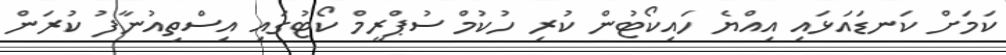
ކަމަށް ކަނޑައަޅައި އިއްޔެ ހައިކޯޓުން ކުރި ހުކުމް ސުޕްރީމް ކޯޓުގައި އިސްތިއުނާފު ކުރަން